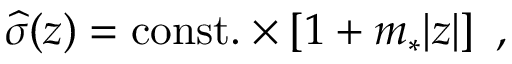
{ \widehat \sigma } ( z ) = \mathrm { c o n s t . } \times \left[ 1 + m _ { * } | z | \right] ~ ,